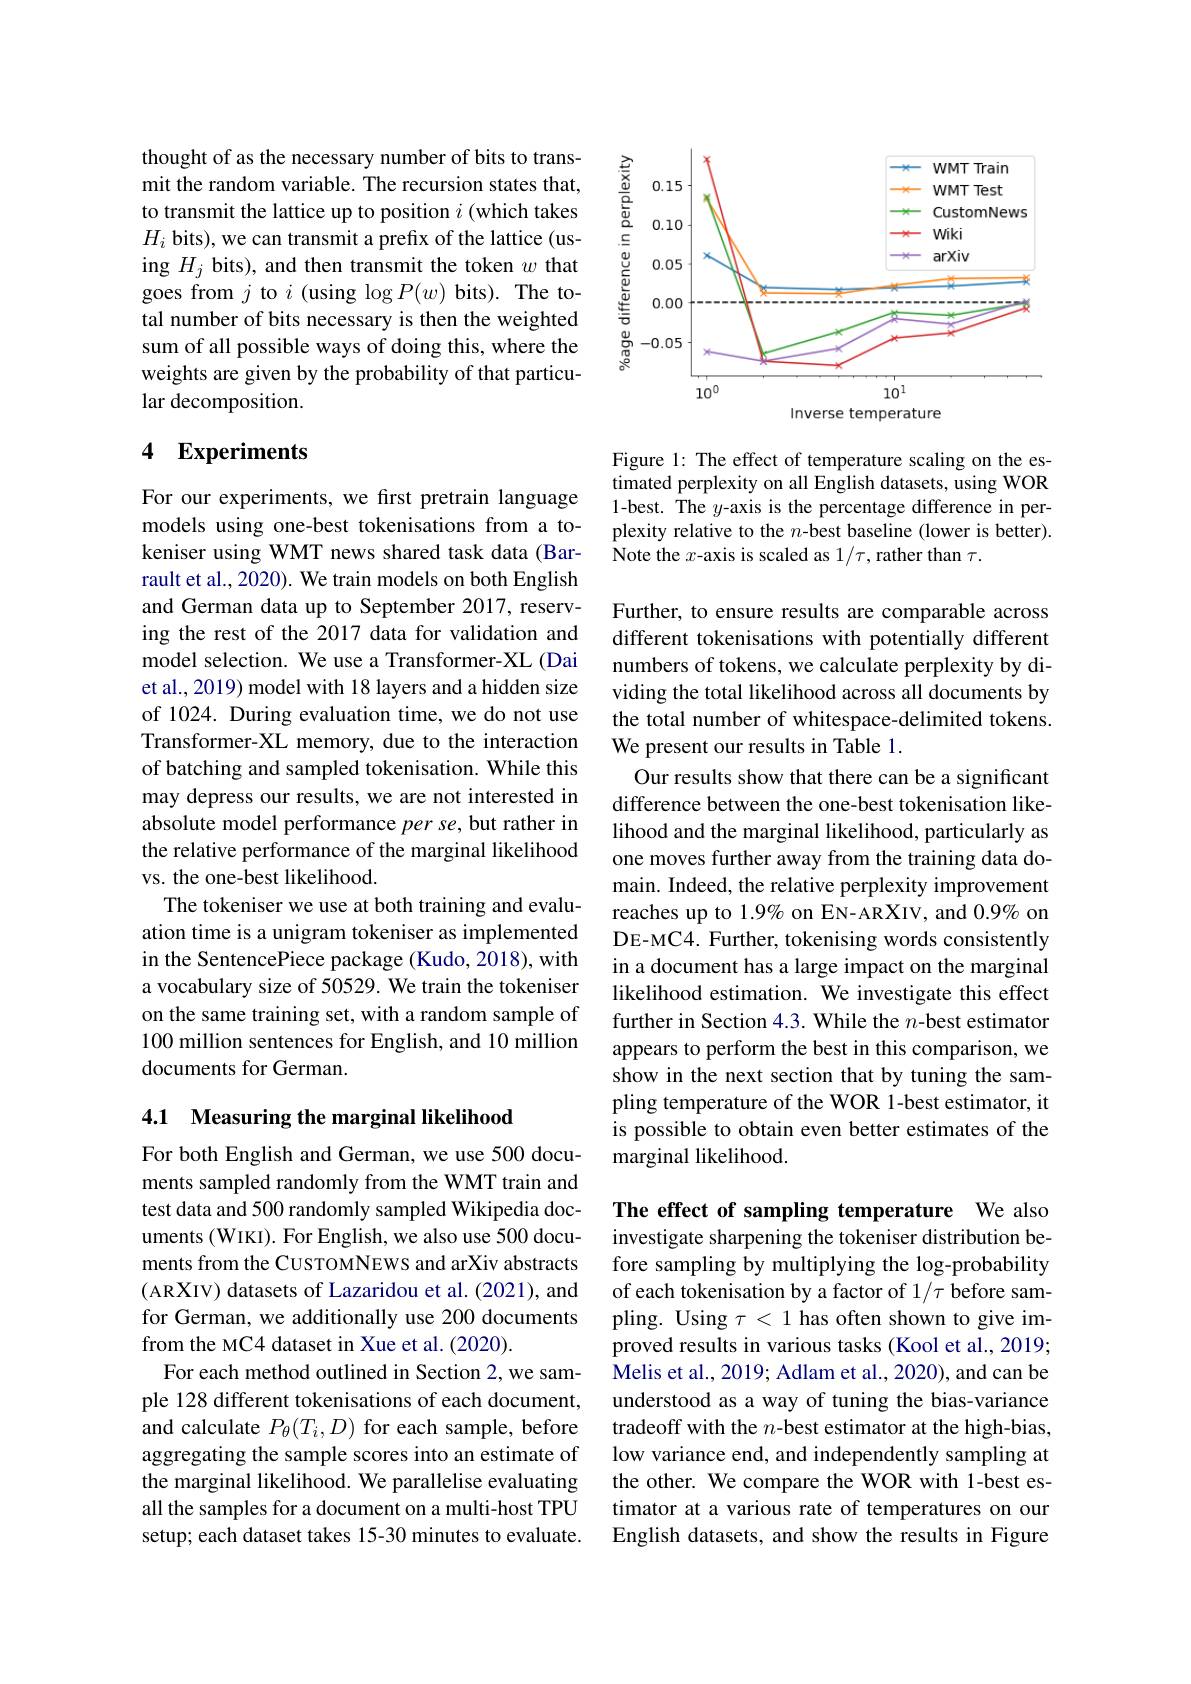
thought of as the necessary number of bits to transmit the random variable. The recursion states that, to transmit the lattice up to position $i$ (which takes $H_i$ bits), we can transmit a prefix of the lattice (using $H_j$ bits), and then transmit the token $w$ that goes from $j$ to $i$ (using $\log P(w)$ bits). The total number of bits necessary is then the weighted sum of all possible ways of doing this, where the weights are given by the probability of that particular decomposition.

## 4 Experiments

For our experiments, we first pretrain language models using one-best tokenisations from a tokeniser using WMT news shared task data (Barrault et al., 2020). We train models on both English and German data up to September 2017, reserving the rest of the 2017 data for validation and model selection. We use a Transformer-XL (Dai et al., 2019) model with 18 layers and a hidden size of 1024. During evaluation time, we do not use Transformer-XL memory, due to the interaction of batching and sampled tokenisation. While this may depress our results, we are not interested in absolute model performance per se, but rather in the relative performance of the marginal likelihood vs. the one-best likelihood.
The tokeniser we use at both training and evaluation time is a unigram tokeniser as implemented in the SentencePiece package (Kudo, 2018), with a vocabulary size of 50529. We train the tokeniser on the same training set, with a random sample of 100 million sentences for English, and 10 million documents for German.

4.1 Measuring the marginal likelihood

For both English and German, we use 500 documents sampled randomly from the WMT train and test data and 500 randomly sampled Wikipedia documents (WIKI). For English, we also use 500 documents from the CusTOMNEWS and arXiv abstracts (ARXIV) datasets of Lazaridou et al. (2021), and for German, we additionally use 200 documents from the MC4 dataset in Xue et al. (2020).
For each method outlined in Section 2, we sample 128 different tokenisations of each document, and calculate $P_\theta(T_i,D)$ for each sample, before aggregating the sample scores into an estimate of the marginal likelihood. We parallelise evaluating all the samples for a document on a multi-host TPU setup; each dataset takes 15-30 minutes to evaluate.

<FigureHere>

Figure 1: The effect of temperature scaling on the estimated perplexity on all English datasets, using WOR 1-best. The $y$-axis is the percentage difference in perplexity relative to the $n$-best baseline (lower is better). Note the $x$-axis is scaled as 1/7, rather than $\tau.$

Further, to ensure results are comparable across different tokenisations with potentially different numbers of tokens, we calculate perplexity by dividing the total likelihood across all documents by the total number of whitespace-delimited tokens. We present our results in Table 1.
Our results show that there can be a significant difference between the one-best tokenisation likelihood and the marginal likelihood, particularly as one moves further away from the training data domain. Indeed, the relative perplexity improvement reaches up to 1.9% on EN-ARXIV, and 0.9% on DE-MC4. Further, tokenising words consistently in a document has a large impact on the marginal likelihood estimation. We investigate this effect further in Section 4.3. While the $n$-best estimator appears to perform the best in this comparison, we show in the next section that by tuning the sampling temperature of the WOR 1-best estimator, it is possible to obtain even better estimates of the marginal likelihood.

The effect of sampling temperature We also investigate sharpening the tokeniser distribution before sampling by multiplying the log-probability of each tokenisation by a factor of 1/7 before sampling. Using $\tau<1$ has often shown to give improved results in various tasks (Kool et al., 2019; Melis et al., 2019; Adlam et al., 2020), and can be understood as a way of tuning the bias-variance tradeoff with the $n$-best estimator at the high-bias, low variance end, and independently sampling at the other. We compare the WOR with 1-best estimator at a various rate of temperatures on our English datasets, and show the results in Figure